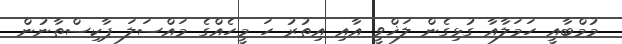
މުމްބާއީ ހަމަލާއާ ގުޅިގެން ލަޚްވީ އާއި އިތުރު ހަ މީހެއްގެ މައްސަލަ ޕާކިސްތާނުން